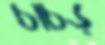
চাচড়